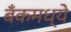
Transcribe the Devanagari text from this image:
बँकमध्ये